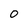
Character: 0